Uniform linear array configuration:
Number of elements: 16
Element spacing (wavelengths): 1
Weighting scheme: exponential
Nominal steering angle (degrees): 15
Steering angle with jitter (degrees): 15.884
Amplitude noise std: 0.05
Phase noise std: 0.05

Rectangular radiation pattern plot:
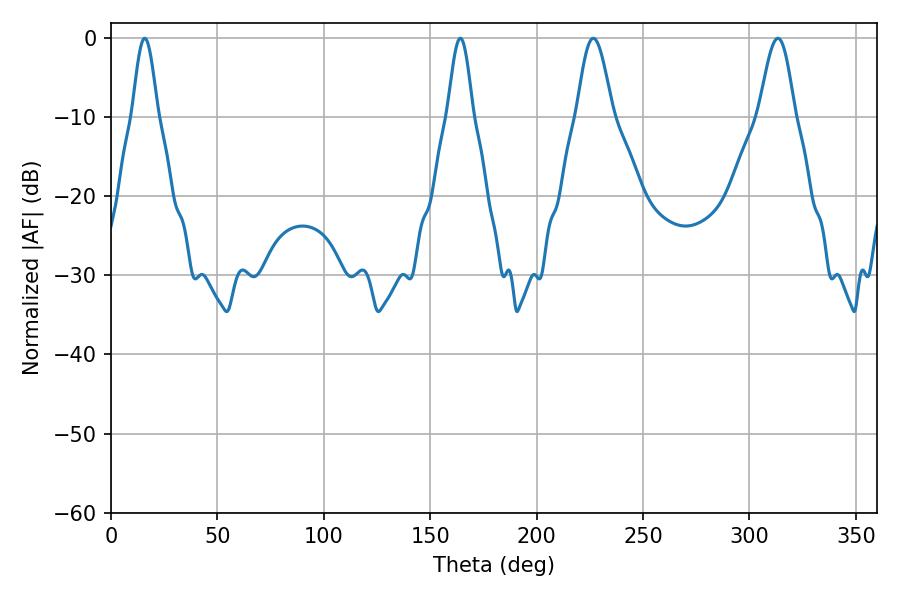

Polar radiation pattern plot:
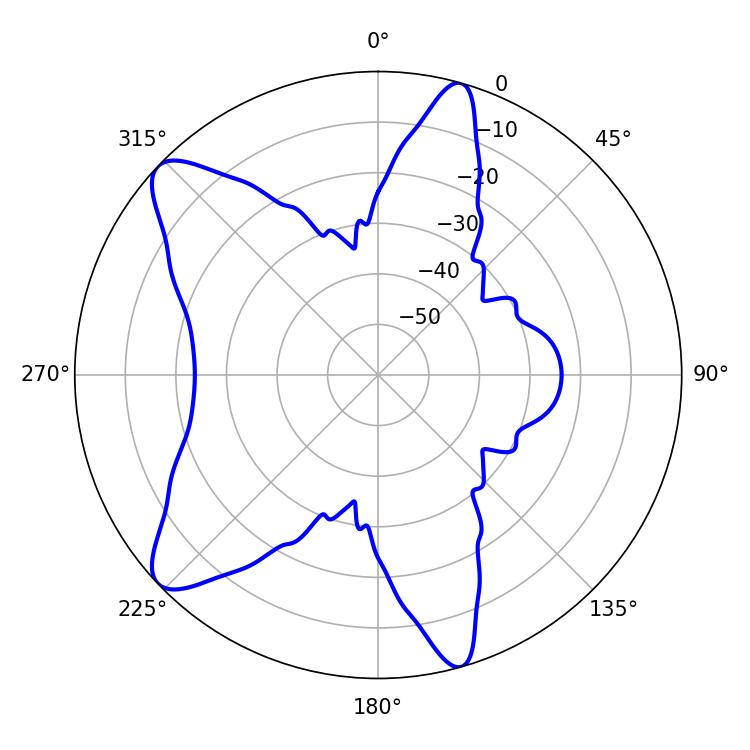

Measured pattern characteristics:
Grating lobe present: TRUE
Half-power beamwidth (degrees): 9
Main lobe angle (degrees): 226.62